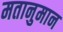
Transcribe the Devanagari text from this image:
मतानुमान